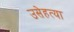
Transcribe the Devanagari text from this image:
उसेहत्या